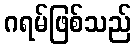
ဂရမ်ဖြစ်သည်